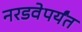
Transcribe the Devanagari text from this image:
नरडवेपर्यंत